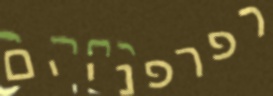
רפרפניים